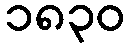
၁၈၃၀